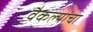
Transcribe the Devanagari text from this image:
वैकल्यांचा